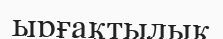
ырғақтылық